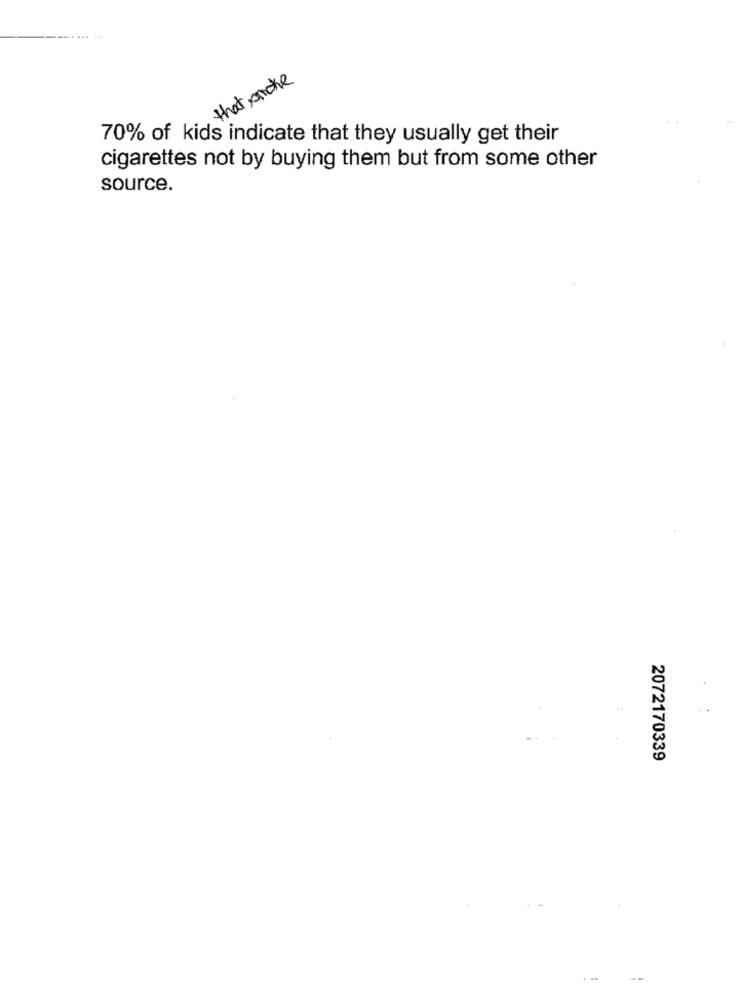
that make
70% of kids indicate that they usually get their
cigarettes not by buying them but from some other
source.
2072170339